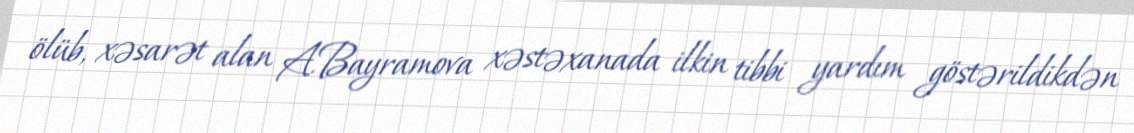
ölüb, xəsarət alan A.Bayramova xəstəxanada ilkin tibbi yardım göstərildikdən